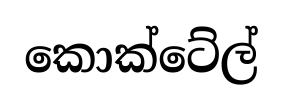
කොක්ටේල්